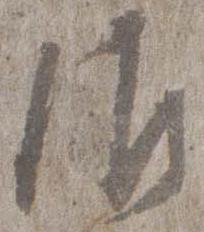
御